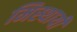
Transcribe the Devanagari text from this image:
मिस्थायी